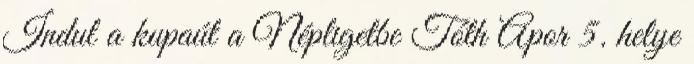
Indul a kupaút a Népligetbe Tóth Apor 5. helye